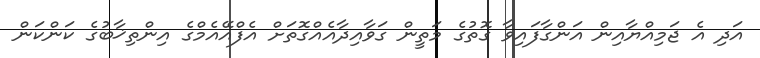
އަދި އެ ޖަމިއްޔާއިން އަންގާފައިވާ ގޮތުގެ މަތީން ގަވާއިދާއެއްގޮތަށް އެފްއޭއެމްގެ އިންތިޚާބުގެ ކަންކަން